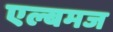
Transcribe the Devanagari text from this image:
एल्बमज